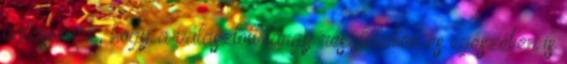
válasszunk, hogy a választott tárgy részleteiben és egészében is